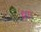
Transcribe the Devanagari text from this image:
धा।